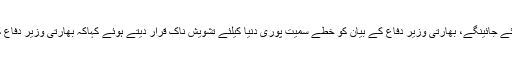
بھارت کو منصوبے میں کامیاب نہیں ہونے دیا جائیگا، قومی سلامتی اور دفاع کیلئے تمام اقدامات اٹھائے جائینگے، بھارتی وزیر دفاع کے بیان کو خطے سمیت پوری دنیا کیلئے تشویش ناک قرار دیتے ہوئے کہاکہ بھارتی وزیر دفاع کے بیان سے یہ خدشات پیدا ہوگئے ہیں کہ بھارت، پاکستان میں دہشت گری کی کڑیوں میں ملوث ہے۔